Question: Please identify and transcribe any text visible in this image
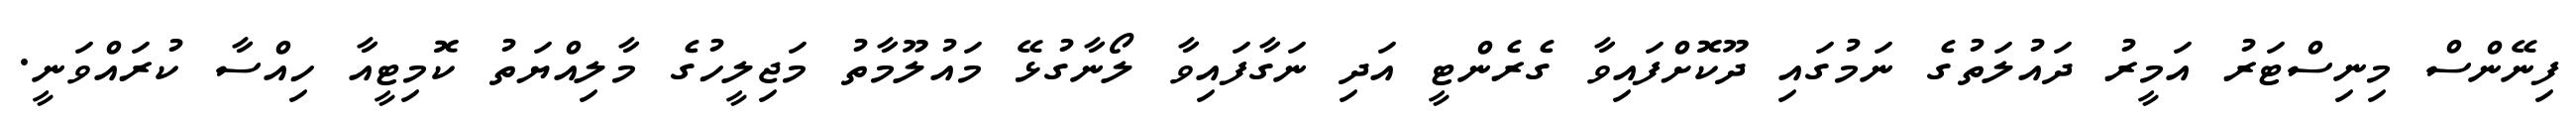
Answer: ފިނޭންސް މިނިސްޓަރު އަމީރު ދައުލަތުގެ ނަމުގައި ދޫކޮށްފައިވާ ގެރެންޓީ އަދި ނަގާފައިވާ ލޯނާގުޅޭ މައުލޫމާތު މަޖިލީހުގެ މާލިއްޔަތު ކޮމިޓީއާ ހިއްސާ ކުރައްވަނީ.